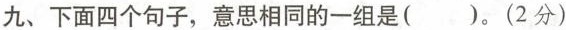
九、下面四个句子，意思相同的一组是( )。(2分)